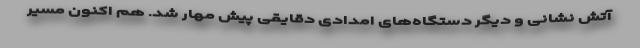
آتش نشانی و دیگر دستگاه‌های امدادی دقایقی پیش مهار شد. هم اکنون مسیر